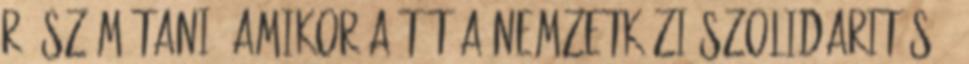
rá számítani, amikor a tét a nemzetközi szolidaritás -